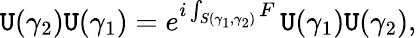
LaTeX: \mathtt{U}(\gamma_{2})\mathtt{U}(\gamma_{1})=e^{i\int_{S(\gamma_{1},\gamma_{2})}F}\, \mathtt{U}(\gamma_{1})\mathtt{U}(\gamma_{2}),